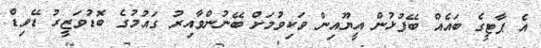
އެ ޕާޓީގެ ބައެއް ބޭފުޅުން އީޔޫއިން ވަކިވުމަށް ބޭނުންވާއިރު ގައުމުގެ ބޮޑުވަޒީރު ޑޭވިޑް